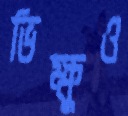
ভিক্ষুও